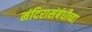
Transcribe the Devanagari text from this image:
मंदिरासंबंधीच्या